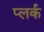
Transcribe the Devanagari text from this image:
प्लर्क